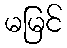
မမြင်